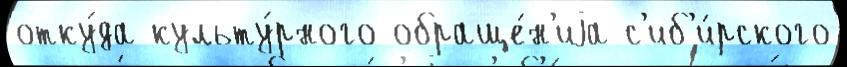
отку́да культу́рного обраще́н'иjа с'иб'и́рского